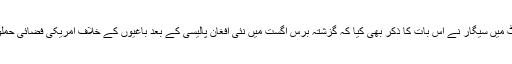
کانگریس کو پیش کردہ اپنی حالیہ رپورٹ میں سیگار نے اس بات کا ذکر بھی کیا کہ گزشتہ برس اگست میں نئی افغان پالیسی کے بعد باغیوں کے خلاف امریکی فضائی حملوں اور خصوصی آپریشنز میں اضافہ ہوا۔